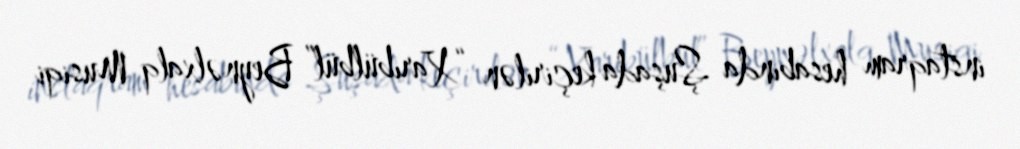
instaqram hesabında Şuşada keçirilən “Xarıbülbül” Beynəlxalq Musiqi